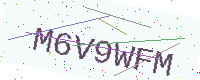
Text: M6V9WFM